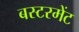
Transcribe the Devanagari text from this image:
बस्टरमेंट